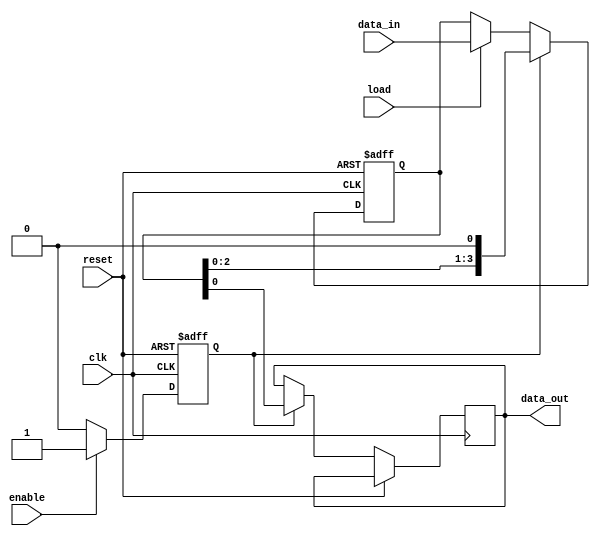
module piso_register (
    input wire clk,          // Clock input
    input wire reset,        // Reset input
    input wire enable,       // Enable input for shifting operation
    input wire load,         // Load input to load data into register
    input wire [3:0] data_in, // Input data in parallel
    
    output reg data_out      // Output data serially
);

reg [3:0] register; // Internal register to store data
reg shift_enable;   // Control signal for shifting operation

always @ (posedge clk or posedge reset) begin
    if (reset) begin
        register <= 4'h0; // Reset register
        shift_enable <= 1'b0; // Disable shifting operation
    end else begin
        // Load data into register
        if (load) begin
            register <= data_in;
        end
        
        // Enable shifting operation
        if (enable) begin
            shift_enable <= 1'b1;
        end else begin
            shift_enable <= 1'b0;
        end
        
        // Shift data out serially
        if (shift_enable) begin
            data_out <= register[0];
            register <= {register[2:0], 1'b0}; // Shift register contents
        end
    end
end

endmodule